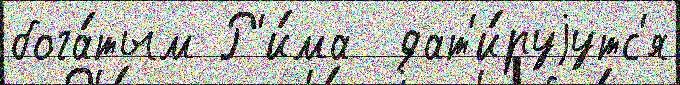
бога́тым Р'и́ма  дат'и́руjутс'я